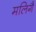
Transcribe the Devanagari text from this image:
मलिगै